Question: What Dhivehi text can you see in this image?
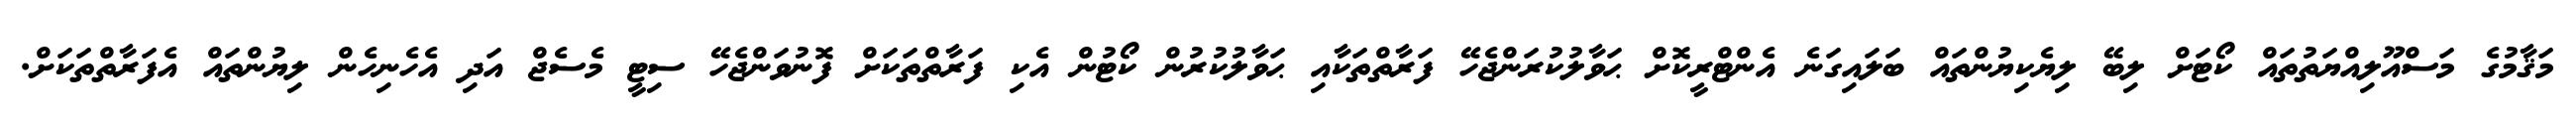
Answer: މަޤާމުގެ މަސްއޫލިއްޔަތުތައް ކޯޓަށް ލިބޭ ލިޔެކިޔުންތައް ބަލައިގަނެ އެންޓްރީކޮށް ޙަވާލުކުރަންޖެހޭ ފަރާތްތަކާއި ޙަވާލުކުރުން ކޯޓުން އެކި ފަރާތްތަކަށް ފޮނުވަންޖެހޭ ސިޓީ މެސެޖް އަދި އެހެނިހެން ލިޔުންތައް އެފަރާތްތަކަށް.